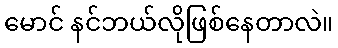
မောင် နင်ဘယ်လိုဖြစ်နေတာလဲ။